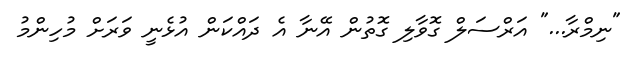
"ނިމްރާ..." އަރްސަލް ގޮވާލި ގޮތުން އޭނާ އެ ދައްކަން އުޅެނީ ވަރަށް މުހިންމު